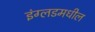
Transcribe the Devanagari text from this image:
इंग्लडमधील